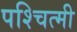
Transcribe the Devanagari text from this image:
पश्चित्मी